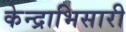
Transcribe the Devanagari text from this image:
केन्द्राभिसारी